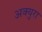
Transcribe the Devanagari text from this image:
अक्युरा